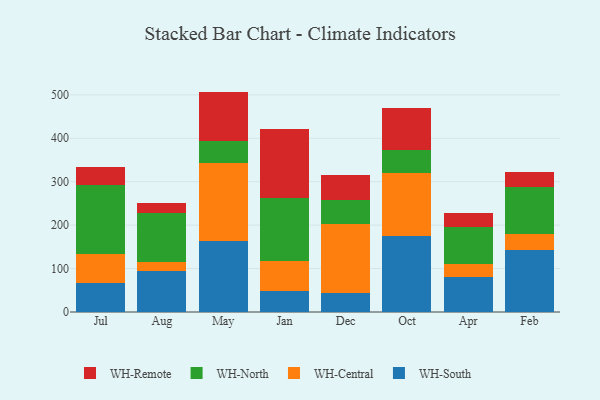
{"axis": {"x": "Month", "y": "Humidity (%)"}, "legend": ["WH-Central", "WH-North", "WH-Remote", "WH-South"], "data": [{"x": "Jul", "y": 65.9, "type": "WH-South"}, {"x": "Jul", "y": 68.6, "type": "WH-Central"}, {"x": "Jul", "y": 158.2, "type": "WH-North"}, {"x": "Jul", "y": 41.8, "type": "WH-Remote"}, {"x": "Aug", "y": 95.4, "type": "WH-South"}, {"x": "Aug", "y": 19.1, "type": "WH-Central"}, {"x": "Aug", "y": 112.4, "type": "WH-North"}, {"x": "Aug", "y": 24.5, "type": "WH-Remote"}, {"x": "May", "y": 164.1, "type": "WH-South"}, {"x": "May", "y": 179.0, "type": "WH-Central"}, {"x": "May", "y": 50.5, "type": "WH-North"}, {"x": "May", "y": 113.9, "type": "WH-Remote"}, {"x": "Jan", "y": 48.2, "type": "WH-South"}, {"x": "Jan", "y": 69.5, "type": "WH-Central"}, {"x": "Jan", "y": 144.5, "type": "WH-North"}, {"x": "Jan", "y": 160.3, "type": "WH-Remote"}, {"x": "Dec", "y": 42.9, "type": "WH-South"}, {"x": "Dec", "y": 159.5, "type": "WH-Central"}, {"x": "Dec", "y": 55.4, "type": "WH-North"}, {"x": "Dec", "y": 58.3, "type": "WH-Remote"}, {"x": "Oct", "y": 174.0, "type": "WH-South"}, {"x": "Oct", "y": 145.7, "type": "WH-Central"}, {"x": "Oct", "y": 53.0, "type": "WH-North"}, {"x": "Oct", "y": 97.5, "type": "WH-Remote"}, {"x": "Apr", "y": 81.4, "type": "WH-South"}, {"x": "Apr", "y": 29.3, "type": "WH-Central"}, {"x": "Apr", "y": 85.6, "type": "WH-North"}, {"x": "Apr", "y": 31.1, "type": "WH-Remote"}, {"x": "Feb", "y": 143.8, "type": "WH-South"}, {"x": "Feb", "y": 36.8, "type": "WH-Central"}, {"x": "Feb", "y": 107.8, "type": "WH-North"}, {"x": "Feb", "y": 33.0, "type": "WH-Remote"}]}